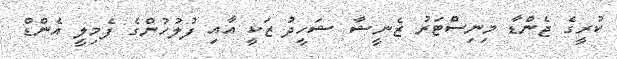
ކުރީގެ ޖެންޑާ މިނިސްޓަރު ޒެނީޝާ ޝަހީދު ޒަކީ އާއި ފުލުހުންގެ ފެމިލީ އެންޑް